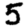
Digit: 5